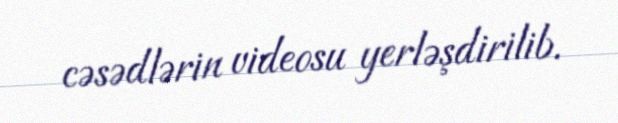
cəsədlərin videosu yerləşdirilib.